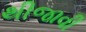
થીજાવી